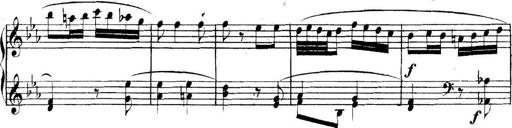
Title: Collected Piano Sonatas
Composer: Muzio Clementi